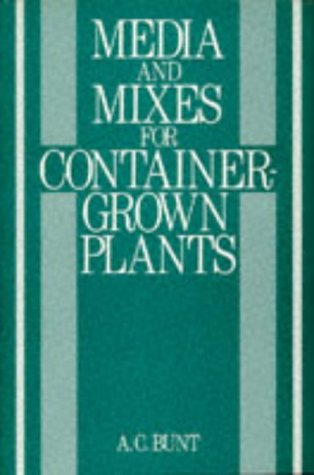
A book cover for Media and Mixes for Container Grown Plants; A.C. Bunt; Crafts, Hobbies & Home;